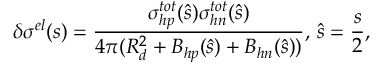
\delta \sigma ^ { e l } ( s ) = \frac { \sigma _ { h p } ^ { t o t } ( \hat { s } ) \sigma _ { h n } ^ { t o t } ( \hat { s } ) } { 4 \pi ( R _ { d } ^ { 2 } + B _ { h p } ( \hat { s } ) + B _ { h n } ( \hat { s } ) ) } , \, \hat { s } = \frac { s } { 2 } ,